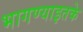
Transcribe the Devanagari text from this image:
भागण्याइतके